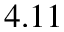
4 . 1 1